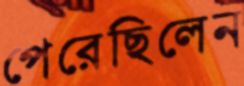
পেরেছিলেন